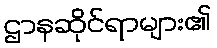
ဌာနဆိုင်ရာများ၏